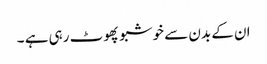
ان کے بدن سے خوشبو پھوٹ رہی ہے ۔